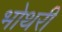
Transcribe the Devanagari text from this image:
भोथरी